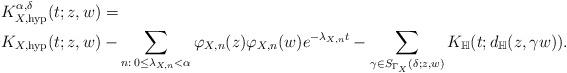
LaTeX: \begin{align*}&K_{X,\mathrm{hyp}}^{\alpha,\delta}(t;z,w)= \\&K_{X,\mathrm{hyp}}(t;z,w)-\sum_{n:\,0\leq\lambda_{X,n} < \alpha}\varphi_{X,n}(z)\varphi_{X,n}(w)e^{-\lambda_{X,n}t}-\sum_{\gamma\in S_{\Gamma_{X}}(\delta;z,w)}K_{\mathbb{H}}(t;d_{\mathbb{H}}(z,\gamma w)).\end{align*}